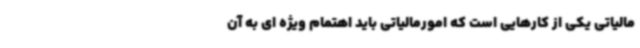
مالیاتی یکی از کارهایی است که امورمالیاتی باید اهتمام ویژه ای به آن